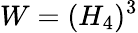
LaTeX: W=(H_{4})^{3}